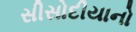
સીસોદીયાનો